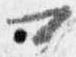
可